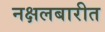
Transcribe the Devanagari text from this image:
नक्षलबारीत